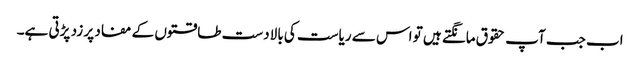
اب جب آپ حقوق مانگتے ہیں تو اس سے ریاست کی بالادست طاقتوں کے مفاد پر زد پڑتی ہے۔